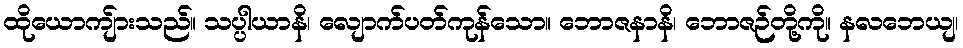
ထိုယောကျ်ားသည်။ သပ္ပါယာနိ၊ လျောက်ပတ်ကုန်သော။ ဘောဇနာနိ၊ ဘောဇဉ်တို့ကို။ နလဘေယျ၊